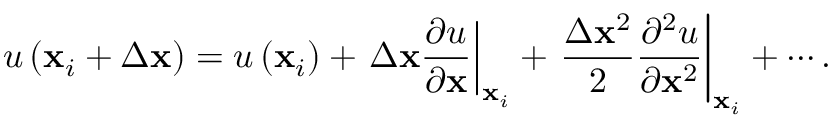
u \left( \mathbf { x } _ { i } + \Delta \mathbf { x } \right) = u \left( \mathbf { x } _ { i } \right) + \left. \Delta \mathbf { x } \frac { \partial u } { \partial \mathbf { x } } \right| _ { \mathbf { x } _ { i } } + \left. \frac { \Delta \mathbf { x } ^ { 2 } } { 2 } \frac { \partial ^ { 2 } u } { \partial \mathbf { x } ^ { 2 } } \right| _ { \mathbf { x } _ { i } } + \cdots .